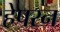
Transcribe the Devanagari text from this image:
हेपरन